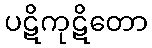
ပဋိကုဋိတော